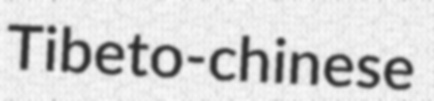
Tibeto-chinese